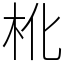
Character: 杹